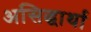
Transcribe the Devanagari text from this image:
असिद्धार्था